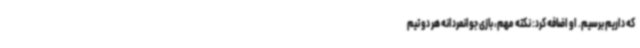
که داریم برسیم. او اضافه کرد: نکته مهم، بازی جوانمردانه هر دو تیم